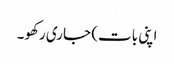
اپنی بات) جاری رکھو۔